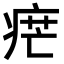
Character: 𤶼